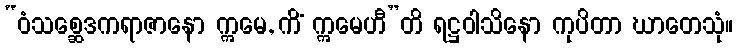
“ဝံသစ္ဆေဒကရာဇာနော ဣမေ, ကိံ ဣမေဟီ”တိ ရဋ္ဌဝါသိနော ကုပိတာ ဃာတေသုံ။